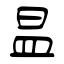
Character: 昷